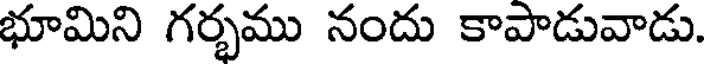
భూమిని గర్భము నందు కాపాడువాడు.